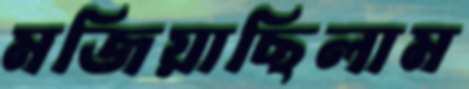
মজিয়াছিলাম